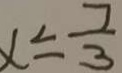
x \leq \frac { 7 } { 3 }